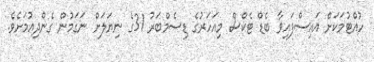
ހުއްޓުމަކަށް އައިސްފައިވާ ބެޑް ޓެކްސް މިއަހަރުގެ ޑިސެމްބަރު 31ގެ ނިޔަލަށް ނަގަމުން ގެންދިއުމަށެވެ.